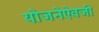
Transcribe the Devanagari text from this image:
योजनेऐवजी